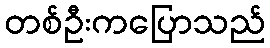
တစ်ဦးကပြောသည်